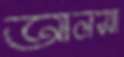
আলসা